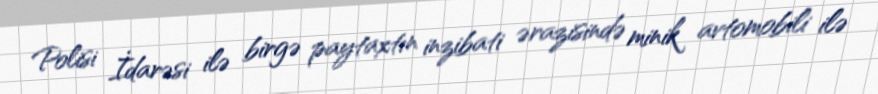
Polisi İdarəsi ilə birgə paytaxtın inzibati ərazisində minik avtomobili ilə